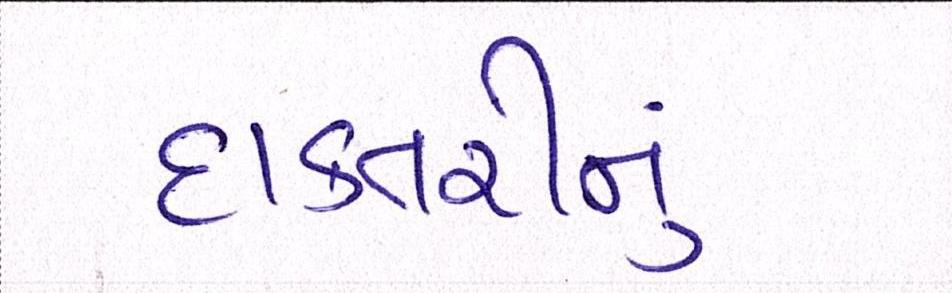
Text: દાક્તરીનું